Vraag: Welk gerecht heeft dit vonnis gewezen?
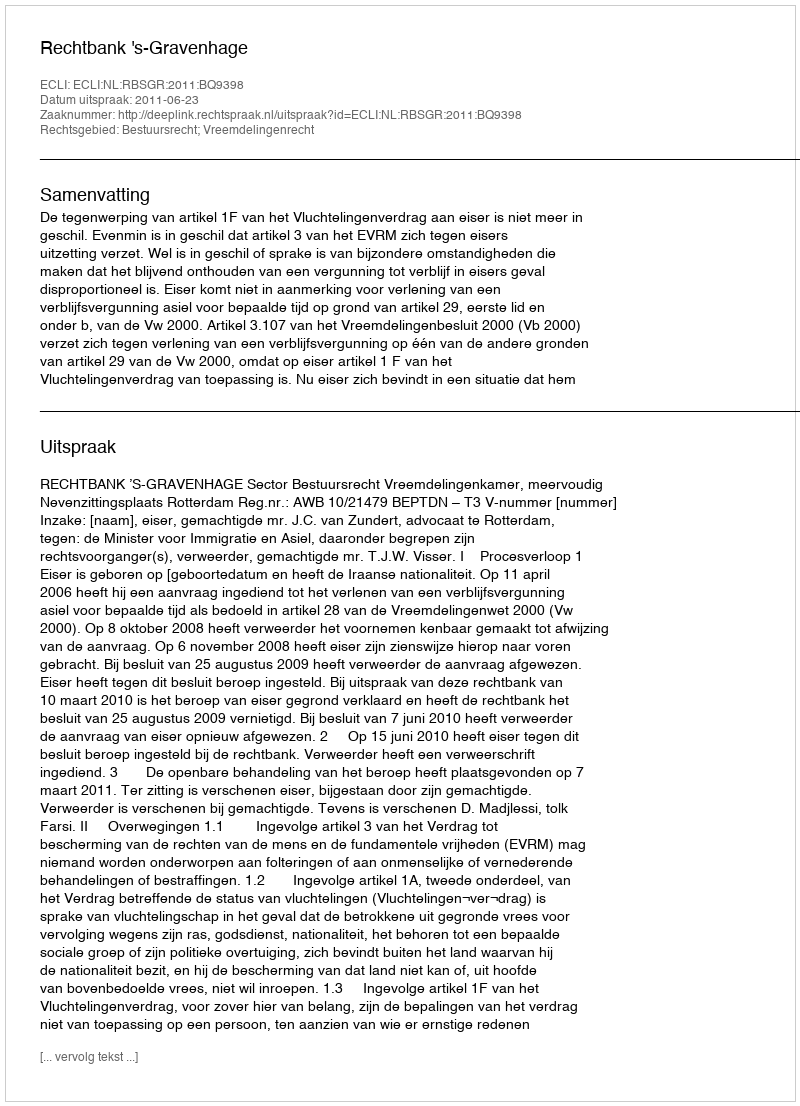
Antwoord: Rechtbank 's-Gravenhage